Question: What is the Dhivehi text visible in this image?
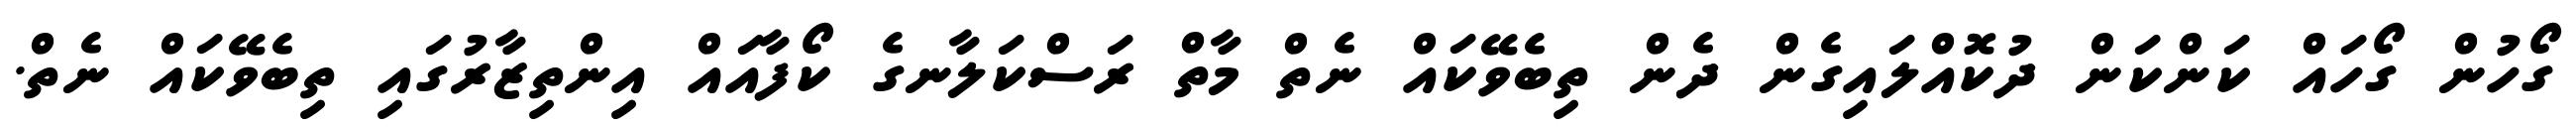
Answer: ގޯހުން ގޯހައް ކަންކަން ދުކޮއްލައިގެން ދެން ތިބެވޭކައް ނެތް މާތް ރަސްކަލާނގެ ކޯފާއައް އިންތިޒާރުގައި ތިބެވޭކައް ނެތް.